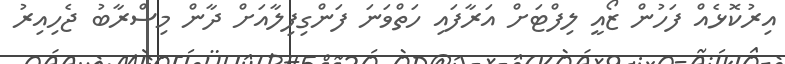
އިރުކޮޅެއް ފަހުން ޒޯއީ ލިފްޓަށް އަރާފައި ހަތްވަނަ ފަންގިފިލާއަށް ދާން މިސްރާބު ޖެހިއިރު